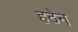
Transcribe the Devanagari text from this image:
हठेन